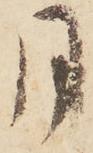
月